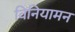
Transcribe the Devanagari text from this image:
विनियामन